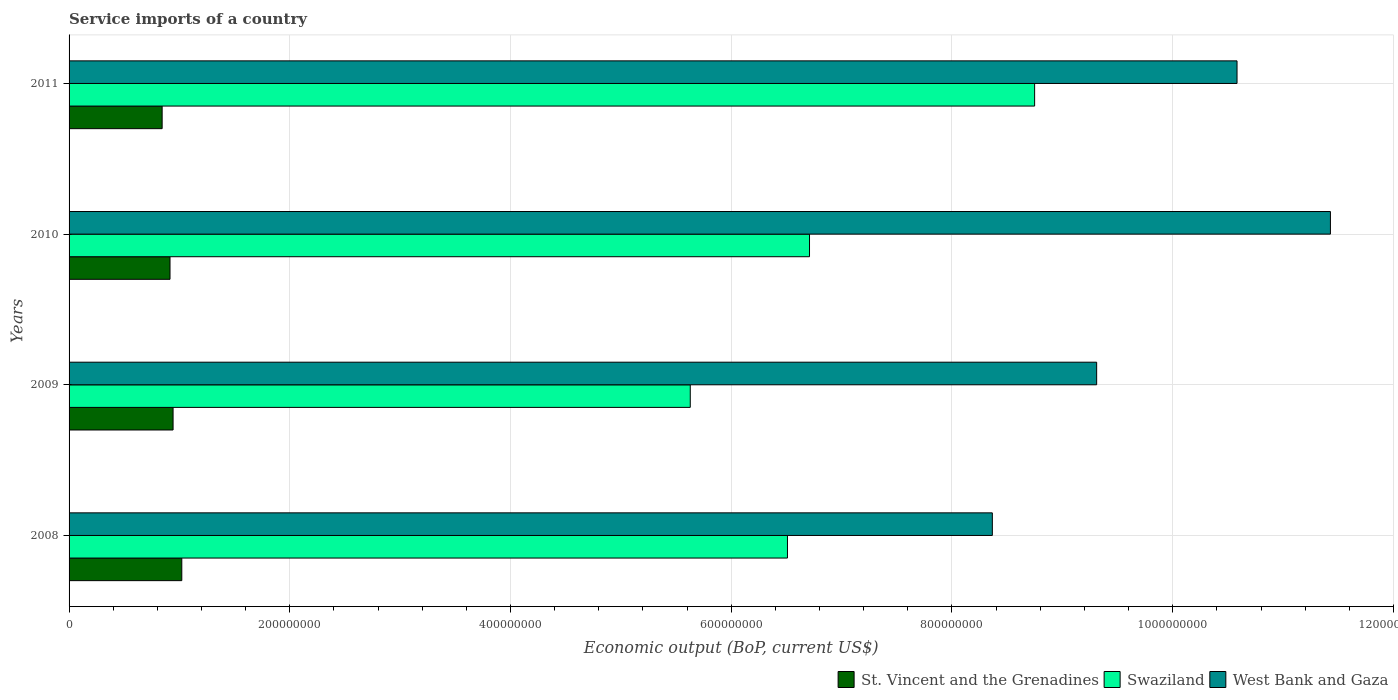
| Years | St. Vincent and the Grenadines | Swaziland | West Bank and Gaza |
 | --- | --- | --- | --- |
 | 2008 | 1.02e+08 | 6.51e+08 | 8.37e+08 |
 | 2009 | 9.42e+07 | 5.63e+08 | 9.31e+08 |
 | 2010 | 9.15e+07 | 6.71e+08 | 1.14e+09 |
 | 2011 | 8.43e+07 | 8.75e+08 | 1.06e+09 |